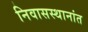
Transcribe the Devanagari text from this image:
निवासस्थानांत